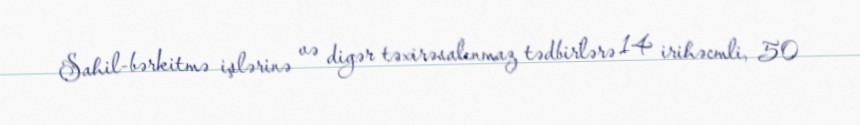
Sahil-bərkitmə işlərinə və digər təxirəsalınmaz tədbirlərə 14 irihəcmli, 50